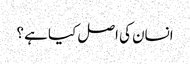
انسان کی اصل کیا ہے ؟